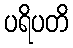
ပရိပတိ